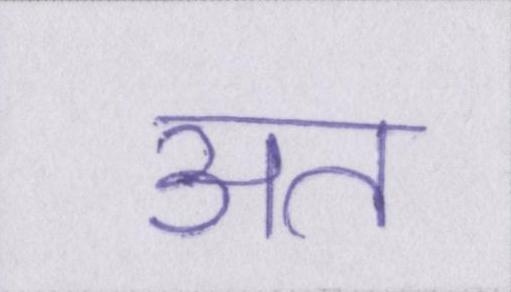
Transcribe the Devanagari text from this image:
अत